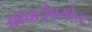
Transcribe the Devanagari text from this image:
ऑक्टोबरफेस्ट